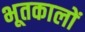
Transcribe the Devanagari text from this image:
भूतकालों